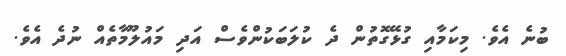
ބުނެ އެވެ. މިކަމާއި ގުޅޭގޮތުން ދެ ކުލަބަކުންވެސް އަދި މައުލޫމާތެެއް ނުދެ އެވެ.